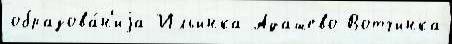
образова́н'иjа Ильинка Адашево Вотчинка